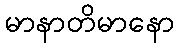
မာနာတိမာနော